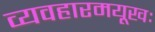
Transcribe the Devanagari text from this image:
व्यवहारमयूखः